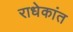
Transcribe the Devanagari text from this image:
राधेकांत